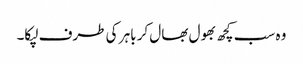
وہ سب کچھ بھول بھال کر باہر کی طرف لپکا۔